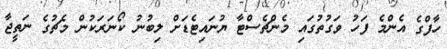
ހާފްގެ އެންމެ ފަހު ވަގުތުގައި މެންޗެސްޓާ ޔުނައިޓެޑަށް ލިބުނު ކޯނަރަކުން މެޗުގެ ނަތީޖާ